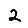
Digit: 2